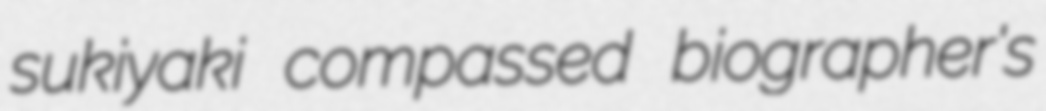
sukiyaki compassed biographer's